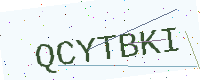
Text: QCYTBKI